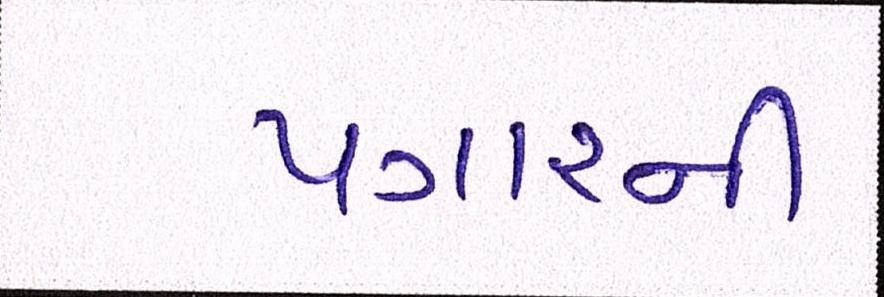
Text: પગારની